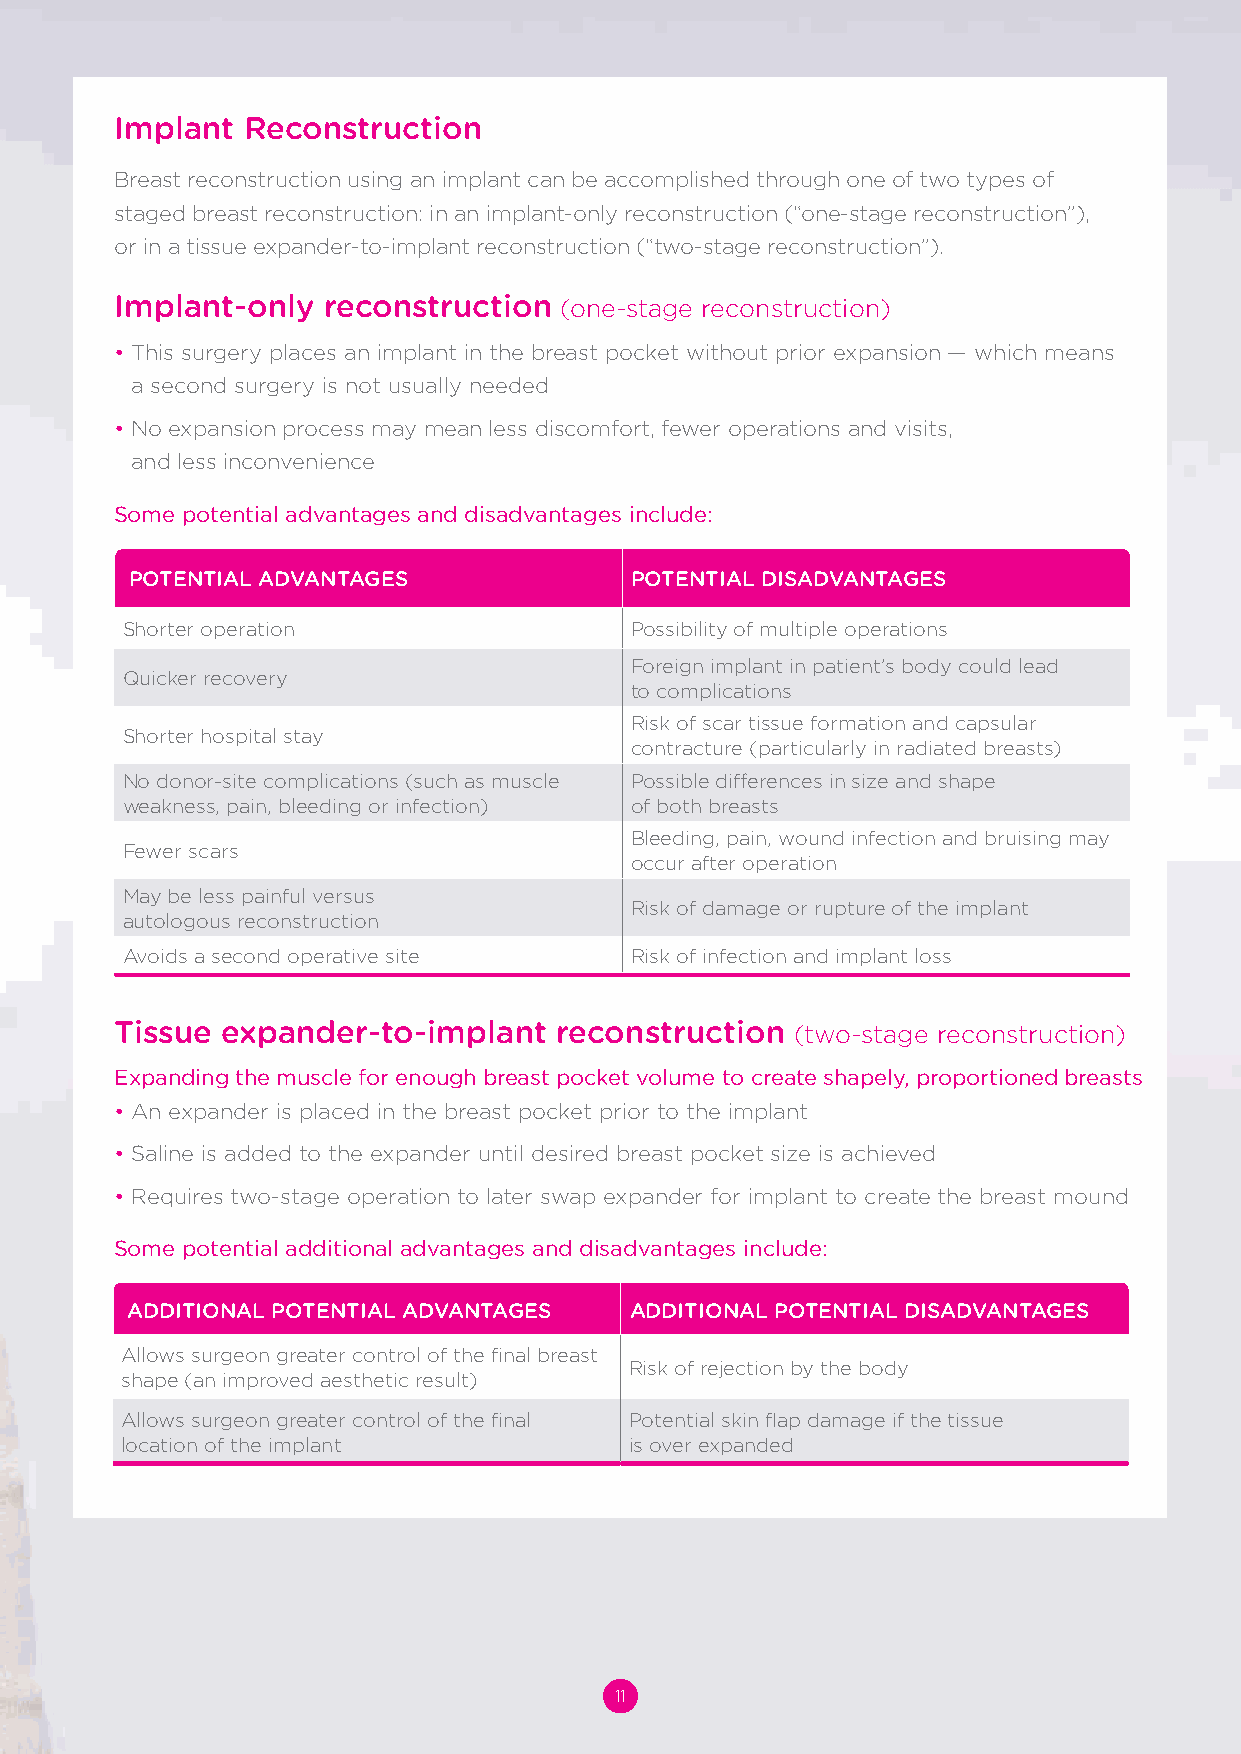
Implant Reconstruction
 Breast reconstruction using an implant can be accomplished through one of two types of
 staged breast reconstruction: in an implant-only reconstruction (“one-stage reconstruction”),
 or in a tissue expander-to-implant reconstruction (“two-stage reconstruction”).
 Implant-only reconstruction  (one-stage reconstruction)
 • This surgery places an implant in the breast pocket without prior expansion — which means
 a second surgery is not usually needed
 • No expansion process may mean less discomfort, fewer operations and visits,
 and less inconvenience
 Some potential advantages and disadvantages include:
 POTENTIAL ADVANTAGES             POTENTIAL DISADVANTAGES
 Shorter operation                 Possibility of multiple operations
 Foreign implant in patient’s body could lead
 Quicker recovery
 to complications
 Risk of scar tissue formation and capsular
 Shorter hospital stay
 contracture (particularly in radiated breasts)
 No donor-site complications (such as muscle Possible differences in size and shape
 weakness, pain, bleeding or infection) of both breasts
 Bleeding, pain, wound infection and bruising may
 Fewer scars
 occur after operation
 May be less painful versus
 Risk of damage or rupture of the implant
 autologous reconstruction
 Avoids a second operative site    Risk of infection and implant loss
 Tissue expander-to-implant   reconstruction  (two-stage reconstruction)
 Expanding the muscle for enough breast pocket volume to create shapely, proportioned breasts
 • An expander is placed in the breast pocket prior to the implant
 • Saline is added to the expander until desired breast pocket size is achieved
 • Requires two-stage operation to later swap expander for implant to create the breast mound
 Some potential additional advantages and disadvantages include:
 ADDITIONAL POTENTIAL ADVANTAGES   ADDITIONAL POTENTIAL DISADVANTAGES
 Allows surgeon greater control of the final breast
 Risk of rejection by the body
 shape (an improved aesthetic result)
 Allows surgeon greater control of the final Potential skin flap damage if the tissue
 location of the implant           is over expanded
 11